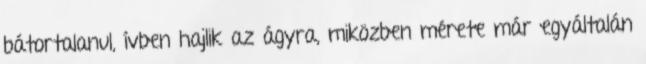
bátortalanul, ívben hajlik az ágyra, miközben mérete már egyáltalán